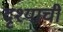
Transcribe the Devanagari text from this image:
दृश्याची